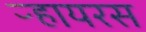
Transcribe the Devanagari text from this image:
ऱ्हायरस